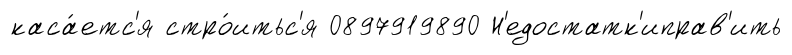
каса́етс'я стро́итьс'я 0897919890 Н'едостатк'иправ'ить